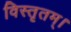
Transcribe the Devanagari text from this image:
विस्तृतम्।